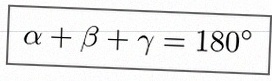
\alpha+\beta+\gamma=180^\circ